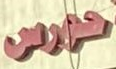
حورس